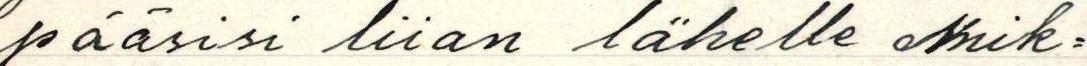
pääsisi liian lähelle Mik-